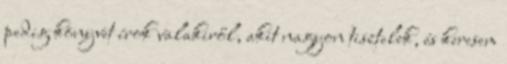
pedig könyvet írok valakiről, akit nagyon tisztelek, és keresem